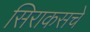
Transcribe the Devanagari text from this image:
सिराकसचे